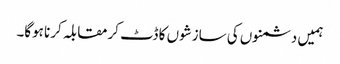
ہمیں دشمنوں کی سازشوں کا ڈٹ کرمقابلہ کرنا ہوگا۔